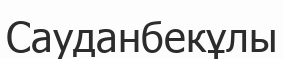
Сауданбекұлы